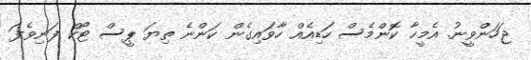
ޖަހަންވީނު. އެމީހާ ކޮންމެސް ހަޑިއެއް ހާވައިގެން ކަންނެ ތިޔަ ޕީސް ޓޯކް ފަނިވެފަ